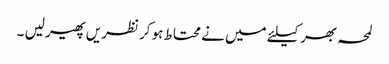
لمحہ بھر کیلئے میں نے محتاط ہو کر نظریں پھیر لیں ۔